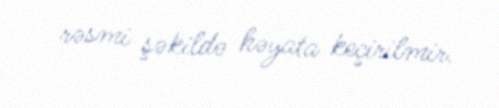
rəsmi şəkildə həyata keçirilmir.